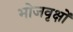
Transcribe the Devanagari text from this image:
भोजवृक्षों